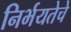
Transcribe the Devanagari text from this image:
निर्भयतेचे